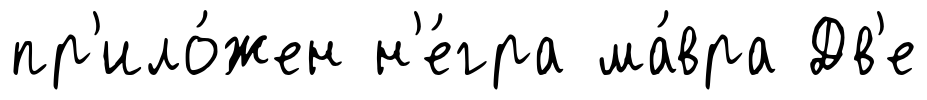
пр'ило́жен н'е́гра ма́вра Дв'е